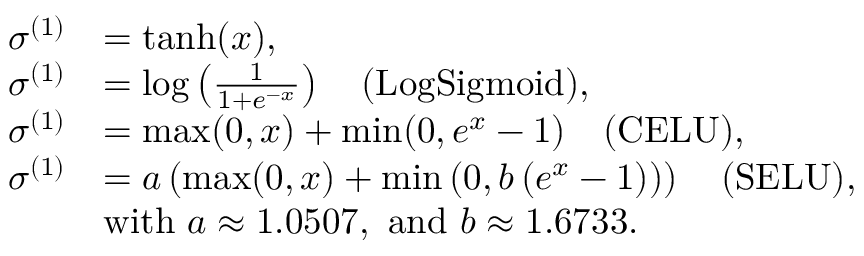
\begin{array} { r l } { \sigma ^ { ( 1 ) } } & { = \operatorname { t a n h } ( x ) , } \\ { \sigma ^ { ( 1 ) } } & { = \log \left( \frac { 1 } { 1 + e ^ { - x } } \right) \quad \mathrm { ( L o g S i g m o i d ) } , } \\ { \sigma ^ { ( 1 ) } } & { = \operatorname* { m a x } ( 0 , x ) + \operatorname* { m i n } ( 0 , e ^ { x } - 1 ) \quad \mathrm { ( C E L U ) } , } \\ { \sigma ^ { ( 1 ) } } & { = a \left( \operatorname* { m a x } ( 0 , x ) + \operatorname* { m i n } \left( 0 , b \left( e ^ { x } - 1 \right) \right) \right) \quad \mathrm { ( S E L U ) } , } \\ & { \mathrm { w i t h } ~ a \approx 1 . 0 5 0 7 , ~ \mathrm { a n d } ~ b \approx 1 . 6 7 3 3 . } \end{array}